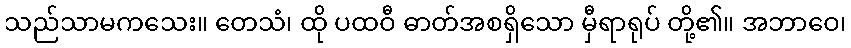
သည်သာမကသေး။ တေသံ၊ ထို ပထဝီ ဓာတ်အစရှိသော မှီရာရုပ် တို့၏။ အဘာဝေ၊